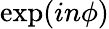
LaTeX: \exp(in\phi)